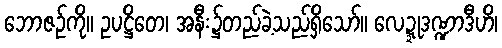
ဘောဇဉ်ကို။ ဥပဋ္ဌိတေ၊ အနီး၌တည်ခဲ့သည်ရှိသော်။ လေဍ္ဍုဒဏ္ဍာဒီဟိ၊